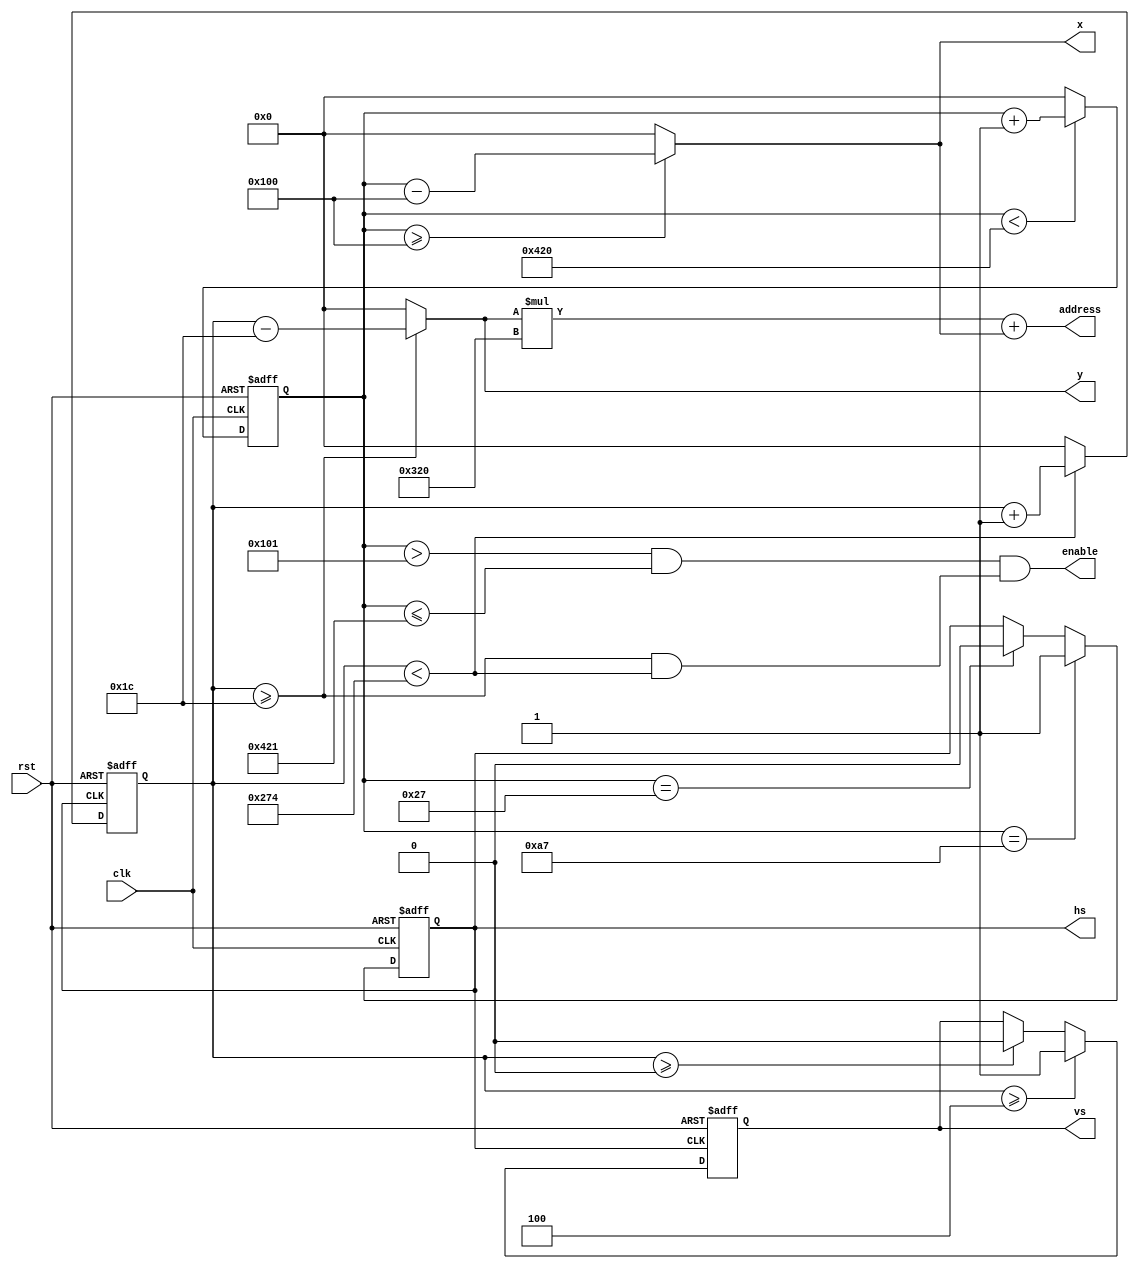
// This program was cloned from: https://github.com/zephray/vga_to_ascii
// License: GNU General Public License v3.0

`timescale 1ns / 1ps
`default_nettype wire
//////////////////////////////////////////////////////////////////////////////////
// Company: 
// 
// Design Name: 
// Module Name:    dvi_timing 
// Project Name: 
// Target Devices: 
// Tool versions: 
// Description: 
//
// Dependencies: 
//
// Revision: 
// Revision 0.01 - File Created
// Additional Comments: 
//
//////////////////////////////////////////////////////////////////////////////////
module dvi_timing(
    input clk,
    input rst,
    output reg hs,
    output reg vs,
    output [10:0] x,
    output [10:0] y,
    output enable,
    output [19:0] address
    );

//
parameter H_FRONT = 40; //
parameter H_SYNC  = 128;//
parameter H_BACK  = 88; //
parameter H_ACT   = 800;//
parameter H_BLANK = H_FRONT+H_SYNC+H_BACK; //
parameter H_TOTAL = H_FRONT+H_SYNC+H_BACK+H_ACT; //

//
parameter V_FRONT = 1;  // 
parameter V_SYNC  = 4;  //
parameter V_BACK  = 23; //
parameter V_ACT   = 600;//
parameter V_BLANK = V_FRONT+V_SYNC+V_BACK; //
parameter V_TOTAL = V_FRONT+V_SYNC+V_BACK+V_ACT; //

reg [10:0] h_count;
reg [10:0] v_count;


always @(posedge clk or posedge rst)
begin
  if(rst)
  begin
    h_count <= 0;
    hs <= 1;
  end
  else
  begin
    if(h_count < H_TOTAL) begin
      h_count <= h_count + 1'b1;
    end else begin
      h_count <= 0;
    end
    if(h_count == H_FRONT - 1)
      hs <= 1'b0;
    if(h_count == H_FRONT + H_SYNC - 1)
      hs <= 1'b1;
  end 
end

always@(posedge hs or posedge rst)
begin
  if(rst)
  begin
    v_count <= 0;
    vs <= 1;
  end
  else
  begin
    if(v_count < V_TOTAL) begin
      v_count <= v_count + 1'b1;
    end else begin
      v_count <= 0;
    end
    if((v_count >= V_FRONT - 1))
      vs <= 1'b0;
    if((v_count >= V_FRONT + V_SYNC - 1))
      vs <= 1'b1;
  end
end

assign x = (h_count >= H_BLANK) ? (h_count - H_BLANK) : 11'h0;
assign y = (v_count >= V_BLANK) ? (v_count - V_BLANK) : 11'h0;
assign address = y * H_ACT + x;
assign enable = (((h_count > H_BLANK + 1) && (h_count <= H_TOTAL + 1))&&
                 ((v_count >= V_BLANK) && (v_count < V_TOTAL)));  //One pixel shift


endmodule